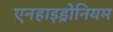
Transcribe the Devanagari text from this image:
एनहाइड्रोनियम